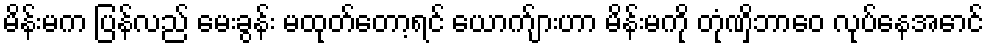
မိန်းမက ပြန်လည် မေးခွန်း မထုတ်တော့ရင် ယောက်ျားဟာ မိန်းမကို တုံဏှိဘာဝေ လုပ်နေအောင်